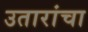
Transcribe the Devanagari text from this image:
उतारांचा